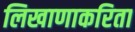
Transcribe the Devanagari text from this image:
लिखाणाकरिता